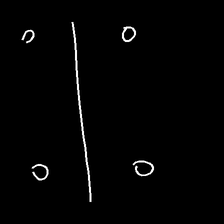
Glyph: cool